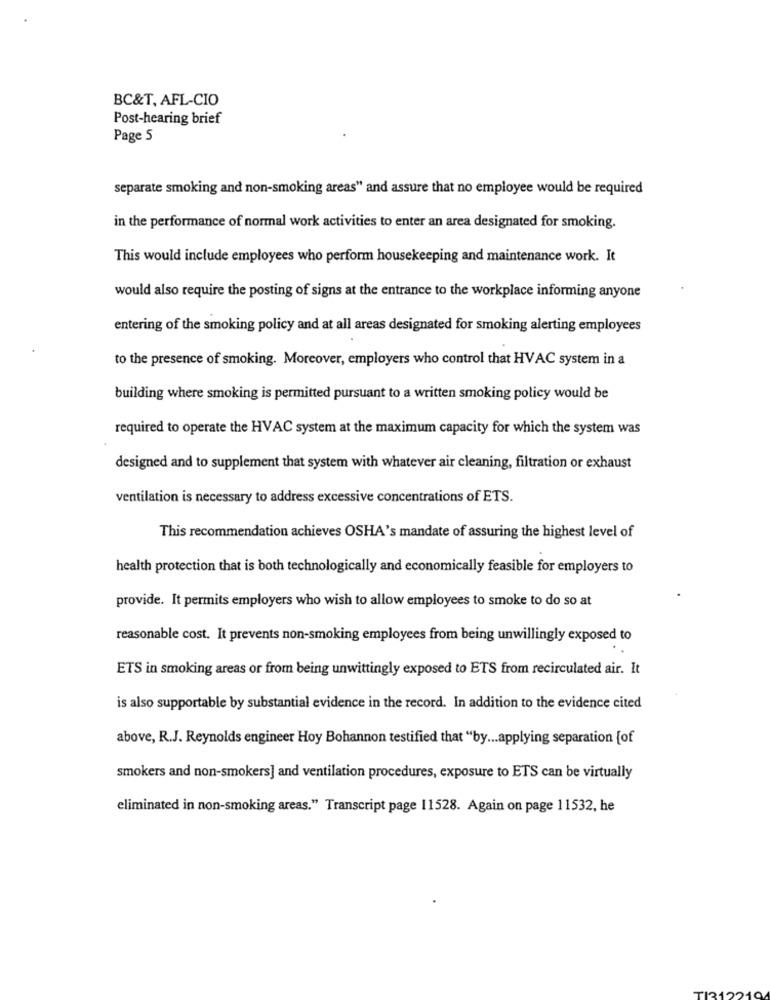
BC&T, AFL-CIO
Post-hearing brief
Page 5
separate smoking and non-smoking areas" and assure that no employee would be required
in the performance of normal work activities to enter an area designated for smoking.
This would include employees who perform housekeeping and maintenance work. It
would also require the posting of signs at the entrance to the workplace informing anyone
entering of the smoking policy and at all areas designated for smoking alerting employees
to the presence of smoking. Moreover, employers who control that HVAC system in a
building where smoking is permitted pursuant to a written smoking policy would be
required to operate the HVAC system at the maximum capacity for which the system was
designed and to supplement that system with whatever air cleaning, filtration or exhaust
ventilation is necessary to address excessive concentrations of ETS.
This recommendation achieves OSHA's mandate of assuring the highest level of
health protection that is both technologically and economically feasible for employers to
provide. It permits employers who wish to allow employees to smoke to do so at
reasonable cost. It prevents non-smoking employees from being unwillingly exposed to
ETS in smoking areas or from being unwittingly exposed to ETS from recirculated air. It
is also supportable by substantial evidence in the record. In addition to the evidence cited
above, R.J. Reynolds engineer Hoy Bohannon testified that "by ... applying separation [of
smokers and non-smokers] and ventilation procedures, exposure to ETS can be virtually
eliminated in non-smoking areas." Transcript page 11528. Again on page 11532, he